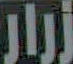
زرار